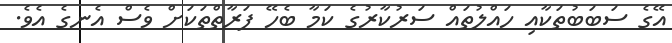
އޭގެ ސަބަބުތަކާއި ހައްލުތައް ސަރުކާރުގެ ކަމާ ބެހޭ ފަރާތްތަކަށް ވެސް އެނގެ އެވެ.